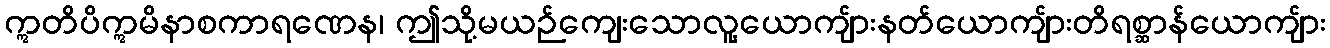
ဣတိပိဣမိနာစကာရဏေန၊ ဤသို့မယဉ်ကျေးသောလူ့ယောကျ်ားနတ်ယောကျ်ားတိရစ္ဆာန်ယောကျ်ား